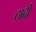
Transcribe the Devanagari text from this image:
ठाढी